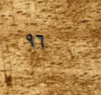
٩٦